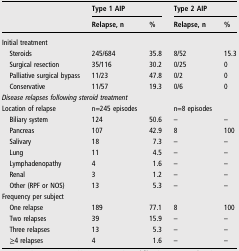
<table><thead><tr><td></td><td colspan="2"><b>Type 1 AIP</b></td><td colspan="2"><b>Type 2 AIP</b></td></tr><tr><td></td><td><b>Relapse, n</b></td><td><b>%</b></td><td><b>Relapse, n</b></td><td><b>%</b></td></tr></thead><tbody><tr><td colspan="5">Initial treatment</td></tr><tr><td> Steroids</td><td>245/684</td><td>35.8</td><td>8/52</td><td>15.3</td></tr><tr><td> Surgical resection</td><td>35/116</td><td>30.2</td><td>0/25</td><td>0</td></tr><tr><td> Palliative surgical bypass</td><td>11/23</td><td>47.8</td><td>0/2</td><td>0</td></tr><tr><td> Conservative</td><td>11/57</td><td>19.3</td><td>0/6</td><td>0</td></tr><tr><td colspan="5"><i>Disease relapses following steroid treatment</i></td></tr><tr><td>Location of relapse</td><td>n=245 episodes</td><td></td><td>n=8 episodes</td><td></td></tr><tr><td> Biliary system</td><td>124</td><td>50.6</td><td>–</td><td>–</td></tr><tr><td> Pancreas</td><td>107</td><td>42.9</td><td>8</td><td>100</td></tr><tr><td> Salivary</td><td>18</td><td>7.3</td><td>–</td><td>–</td></tr><tr><td> Lung</td><td>11</td><td>4.5</td><td>–</td><td>–</td></tr><tr><td> Lymphadenopathy</td><td>4</td><td>1.6</td><td>–</td><td>–</td></tr><tr><td> Renal</td><td>3</td><td>1.2</td><td>–</td><td>–</td></tr><tr><td> Other (RPF or NOS)</td><td>13</td><td>5.3</td><td>–</td><td>–</td></tr><tr><td colspan="5">Frequency per subject</td></tr><tr><td> One relapse</td><td>189</td><td>77.1</td><td>8</td><td>100</td></tr><tr><td> Two relapses</td><td>39</td><td>15.9</td><td>–</td><td>–</td></tr><tr><td> Three relapses</td><td>13</td><td>5.3</td><td>–</td><td>–</td></tr><tr><td> ≥4 relapses</td><td>4</td><td>1.6</td><td>–</td><td>–</td></tr></tbody></table>